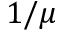
1 / \mu